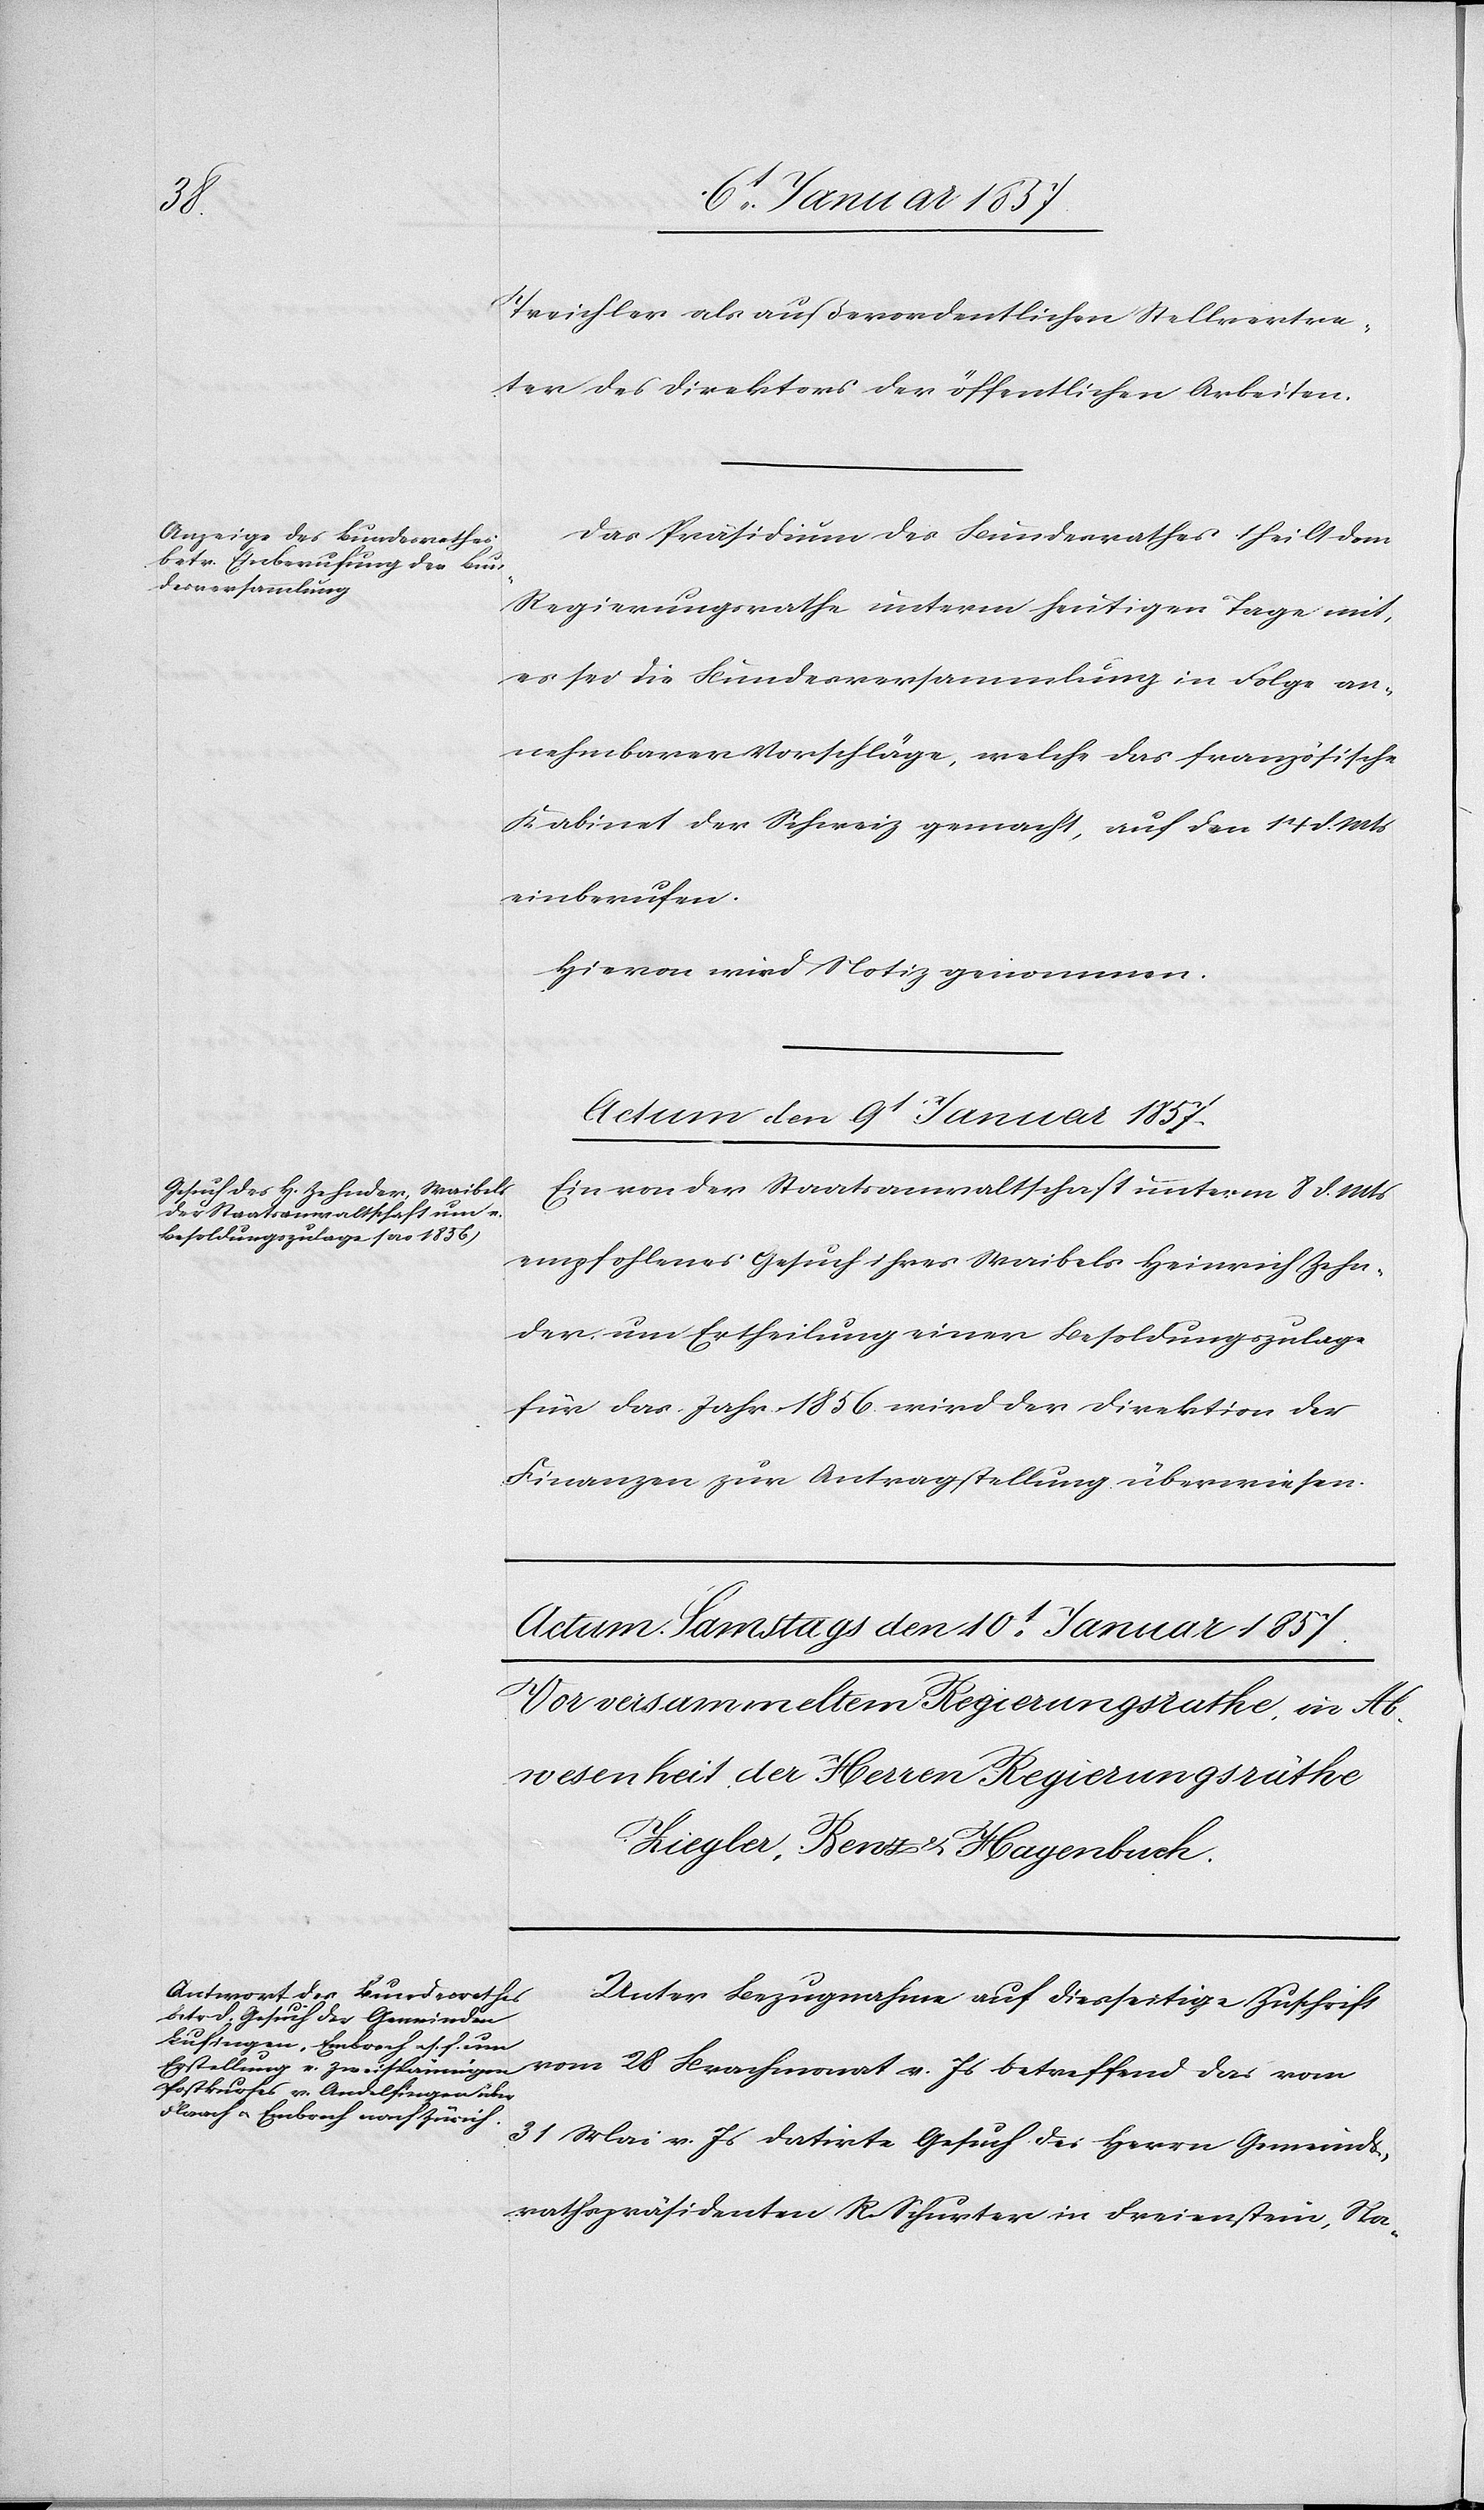
v.
Treichler als außerordentlichen Stellvertre¬
ter des Direktors der öffentlichen Arbeiten.
Das Präsidium des Bundesrathes theilt dem
Regierungsrathe unterm heutigen Tage mit,
es sei die Bundesversammlung in Folge an¬
nehmbarer Vorschläge, welche das französische
Kabinet der Schweiz gemacht, auf den 14 d. Mts
einberufen.
Hievon wird Notiz genommen.
Actum den 9t Januar 1857.
Ein von der Staatsanwaltschaft unterm 8 d. Mts
empfohlenes Gesuch ihres Waibels Heinrich Zehn¬
der um Ertheilung einer Besoldungszulage
für das Jahr 1856. wird der Direktion der
Finanzen zur Antragstellung überwiesen.
Unter Bezugnahme auf diesseitige Zuschrift
31 Mai v. Js datirte Gesuch des Herrn Gemeinds¬
rathspräsidenten R. Schurter in Freienstein, Na-